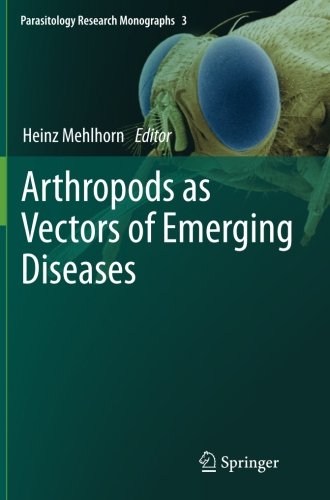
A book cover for Arthropods as Vectors of Emerging Diseases (Parasitology Research Monographs); Medical Books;